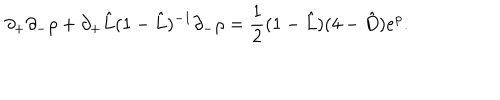
\partial _ { + } \partial _ { - } \rho + \partial _ { + } \hat { L } ( 1 - \hat { L } ) ^ { - 1 } \partial _ { - } \rho = \frac { 1 } { 2 } ( 1 - \hat { L } ) ( 4 - \hat { D } ) e ^ { \rho } .